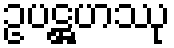
ဥပဋ္ဌဟဿု